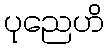
ပုညေဟိ